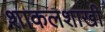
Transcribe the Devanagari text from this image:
शाकलशाखी